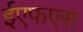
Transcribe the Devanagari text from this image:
ईएफएस